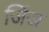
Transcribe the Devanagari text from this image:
जिंज